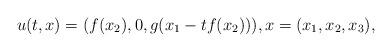
LaTeX: \begin{align*}u(t,x)=(f(x_2),0,g(x_1-tf(x_2))), x=(x_1,x_2,x_3),\end{align*}